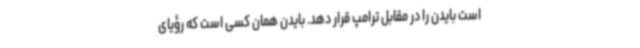
است بایدن را در مقابل ترامپ قرار دهد. بایدن همان کسی است که رؤیای